Language: tamil
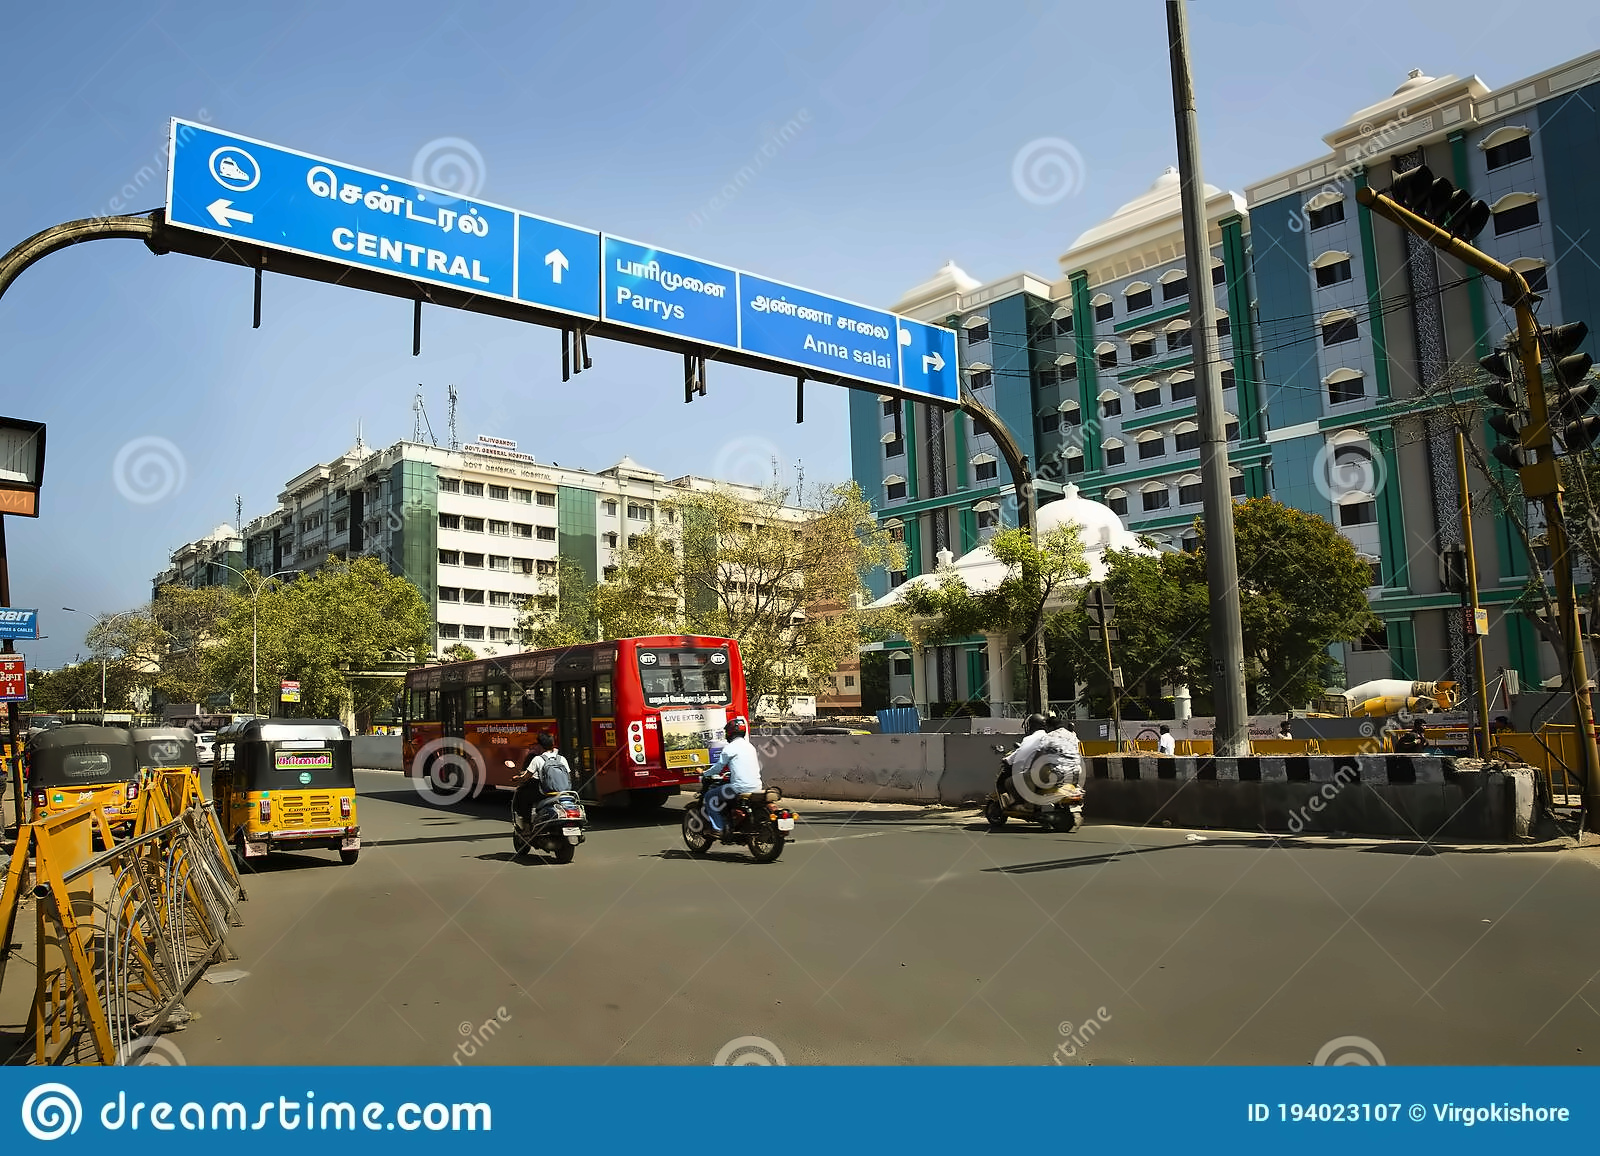
Transcription: பாரிழுனை சென்ட்ரல் அண்ணா சாலை